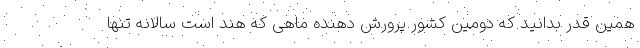
همین قدر بدانید که دومین کشور پرورش دهنده ماهی که هند است سالانه تنها